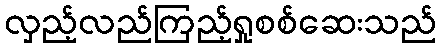
လှည့်လည်ကြည့်ရှုစစ်ဆေးသည်